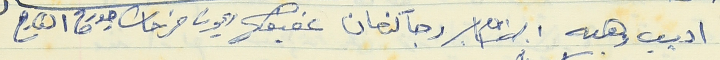
اديب وهبه رجا كنعان عفيف ريمون فرحات جورج القارح